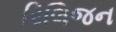
રિલિજન